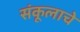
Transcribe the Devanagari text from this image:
संकूलाचे